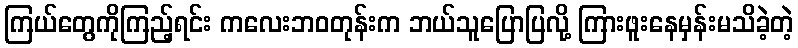
ကြယ်တွေကိုကြည့်ရင်း ကလေးဘဝတုန်းက ဘယ်သူပြောပြလို့ ကြားဖူးနေမှန်းမသိခဲ့တဲ့